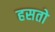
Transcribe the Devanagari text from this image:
हसतो